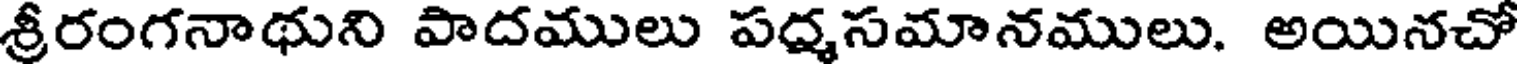
శ్రీరంగనాథుని పాదములు పద్మసమానములు. అయినచో